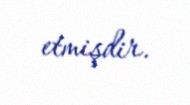
etmişdir.